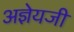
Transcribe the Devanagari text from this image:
अज्ञेयजी